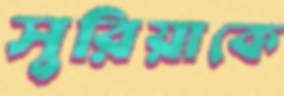
সুরিয়াকে